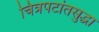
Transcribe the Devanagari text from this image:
चित्रपटांतसुद्धा